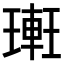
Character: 𨌥